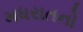
મધરાતનો